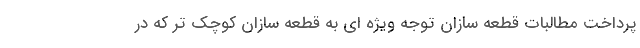
پرداخت مطالبات قطعه سازان توجه ویژه ای به قطعه سازان کوچک تر که در